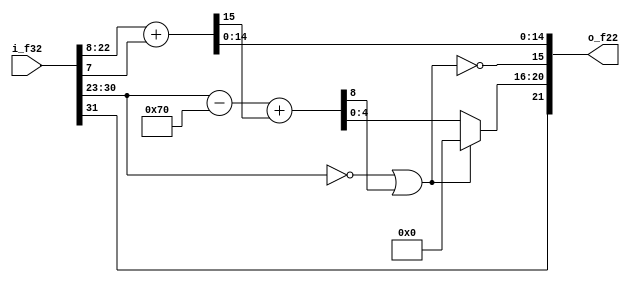
//=======================================================================
// Project Monophony
//   Wire-Frame 3D Graphics Accelerator IP Core
//
// File:
//   fm_3d_fcnv.v
//
// Abstract:
//   3D float conversion IEEE single floating point number to
//   22-bits floating point number
//
// Author:
//   Kenji Ishimaru (info.info.wf3d@gmail.com)
//
//======================================================================
//
// Copyright (c) 2015, Kenji Ishimaru
// All rights reserved.
//
// Redistribution and use in source and binary forms, with or without
// modification, are permitted provided that the following conditions are met:
//
//  -Redistributions of source code must retain the above copyright notice,
//   this list of conditions and the following disclaimer.
//  -Redistributions in binary form must reproduce the above copyright notice,
//   this list of conditions and the following disclaimer in the documentation
//   and/or other materials provided with the distribution.
//
// THIS SOFTWARE IS PROVIDED BY THE COPYRIGHT HOLDERS AND CONTRIBUTORS "AS IS"
// AND ANY EXPRESS OR IMPLIED WARRANTIES, INCLUDING, BUT NOT LIMITED TO,
// THE IMPLIED WARRANTIES OF MERCHANTABILITY AND FITNESS FOR A PARTICULAR
// PURPOSE ARE DISCLAIMED. IN NO EVENT SHALL THE COPYRIGHT HOLDER OR
// CONTRIBUTORS BE LIABLE FOR ANY DIRECT, INDIRECT, INCIDENTAL, SPECIAL,
// EXEMPLARY, OR CONSEQUENTIAL DAMAGES (INCLUDING, BUT NOT LIMITED TO,
// PROCUREMENT OF SUBSTITUTE GOODS OR SERVICES; LOSS OF USE, DATA, OR PROFITS;
// OR BUSINESS INTERRUPTION) HOWEVER CAUSED AND ON ANY THEORY OF LIABILITY,
// WHETHER IN CONTRACT, STRICT LIABILITY, OR TORT (INCLUDING NEGLIGENCE OR
// OTHERWISE) ARISING IN ANY WAY OUT OF THE USE OF THIS SOFTWARE,
// EVEN IF ADVISED OF THE POSSIBILITY OF SUCH DAMAGE.
//
// Revision History

module fm_3d_fcnv (
  i_f32,
  o_f22
);

////////////////////////////
// I/O definition
////////////////////////////
    input  [31:0] i_f32;
    output [21:0] o_f22;

////////////////////////////
// assign
////////////////////////////
    assign o_f22 = f_f32_to_f22(i_f32);
////////////////////////////
// function
////////////////////////////
    function [21:0] f_f32_to_f22;
        input [31:0] f32;
        reg s;
        reg [7:0]  e8;
        reg [8:0]  e8d;  // width sign bit
        reg [4:0]  e5;
        reg [23:0] m23;
        reg [14:0] m15;
        reg        carry;
        reg        zf;
        begin
            s = f32[31];
            e8 = f32[30:23];
            zf = (e8 == 8'h00);
            m23 = f32[22:0];
            {carry,m15} = m23[22:8] + m23[7];
            e8d = e8 - 112 + carry;  // -127+15 + carry
            if (zf|e8d[8]) begin
                e5 = 5'h0;
            end else begin
                e5 = e8d[4:0];
            end
            f_f32_to_f22 = {s,e5,!(zf|e8d[8]),m15};
        end
    endfunction

endmodule